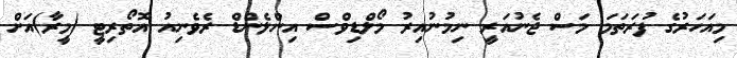
މިއަހަރުގެ ފުރަތަމަ މަސް ޖެނުއަރީ ނިމުނުއިރު މޯލްޑިވްސް އިންލެންޑް ރެވެނިއު އޮތޯރިޓީ (މީރާ)އަށް